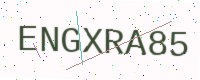
Text: ENGXRA85